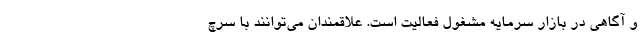
و آگاهی در بازار سرمایه مشغول فعالیت است. علاقمندان می‌توانند با سرچ